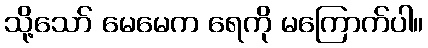
သို့သော် မေမေက ရေကို မကြောက်ပါ။